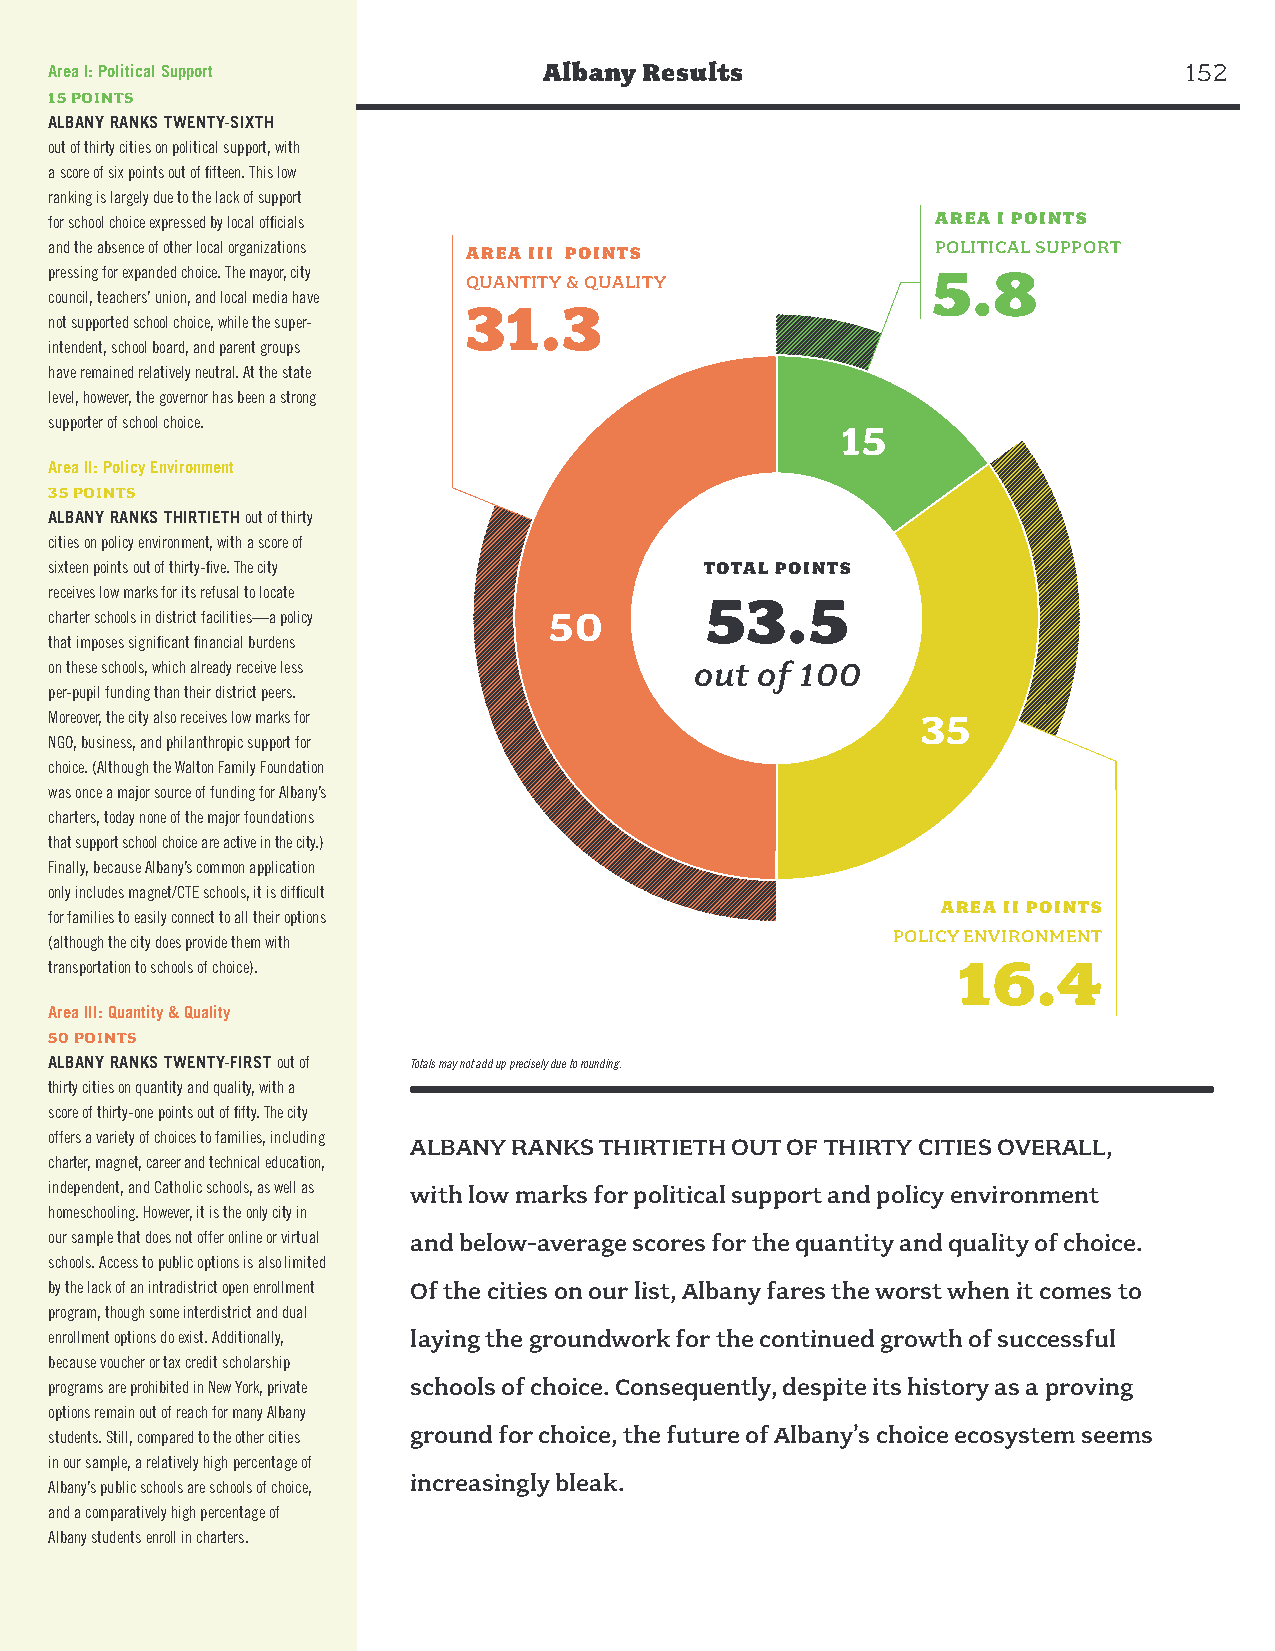
Area I: Political Support        Albany Results                            152
 15 POINTS
 ALBANY RANKS TWENTY-SIXTH
 out of thirty cities on political support, with
 a score of six points out of fifteen. This low
 ranking is largely due to the lack of support
 for school choice expressed by local officials             AREA I POINTS
 and the absence of other local organizations AREA III POINTS POLITICAL SUPPORT
 pressing for expanded choice. The mayor, city              5.8
 QUANTITY & QUALITY
 council, teachers’ union, and local media have
 31.3
 not supported school choice, while the super-
 intendent, school board, and parent groups
 have remained relatively neutral. At the state
 level, however, the governor has been a strong
 supporter of school choice.
 15
 Area II: Policy Environment
 35 POINTS
 ALBANY RANKS THIRTIETH out of thirty
 cities on policy environment, with a score of
 sixteen points out of thirty-five. The city TOTAL POINTS
 receives low marks for its refusal to locate 53.5
 charter schools in district facilities—a policy 50
 that imposes significant financial burdens
 on these schools, which already receive less out of 100
 per-pupil funding than their district peers.
 Moreover, the city also receives low marks for            35
 NGO, business, and philanthropic support for
 choice. (Although the Walton Family Foundation
 was once a major source of funding for Albany’s
 charters, today none of the major foundations
 that support school choice are active in the city.)
 Finally, because Albany’s common application
 only includes magnet/CTE schools, it is difficult
 AREA II POINTS
 for families to easily connect to all their options
 POLICY ENVIRONMENT
 (although the city does provide them with
 16.4
 transportation to schools of choice).
 Area III: Quantity & Quality
 50 POINTS
 ALBANY RANKS TWENTY-FIRST out of Totals may not add up precisely due to rounding.
 thirty cities on quantity and quality, with a
 score of thirty-one points out of fifty. The city
 offers a variety of choices to families, including ALBANY RANKS THIRTIETH OUT OF THIRTY CITIES OVERALL,
 charter, magnet, career and technical education,
 independent, and Catholic schools, as well as with low marks for political support and policy environment
 homeschooling. However, it is the only city in
 our sample that does not offer online or virtual and below-average scores for the quantity and quality of choice.
 schools. Access to public options is also limited
 by the lack of an intradistrict open enrollment Of the cities on our list, Albany fares the worst when it comes to
 program, though some interdistrict and dual
 enrollment options do exist. Additionally, laying the groundwork for the continued growth of successful
 because voucher or tax credit scholarship
 programs are prohibited in New York, private schools of choice. Consequently, despite its history as a proving
 options remain out of reach for many Albany
 ground for choice, the future of Albany’s choice ecosystem seems
 students. Still, compared to the other cities
 in our sample, a relatively high percentage of
 increasingly bleak.
 Albany’s public schools are schools of choice,
 and a comparatively high percentage of
 Albany students enroll in charters.